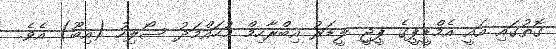
ގޮތުގައި އައީ އެމްޑީޕީގެ ޕީޖީ ލީޑަރު އިބްރާހިމް މުހައްމަދު ސޯލިހު (އިބޫ) އެވެ.